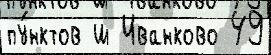
пу́нктов ш Иванково 49